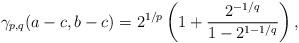
LaTeX: \begin{align*} \gamma_{p,q}(a-c,b-c) = 2^{1/p}\left(1+\frac{2^{-1/q}}{1-2^{1-1/q}}\right),\end{align*}